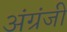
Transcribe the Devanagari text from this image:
अंग्रंजी